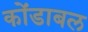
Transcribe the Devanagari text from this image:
कोंडाबल